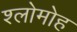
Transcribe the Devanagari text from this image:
श्लोमोह